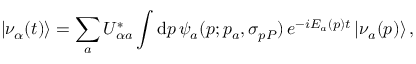
| \nu _ { \alpha } ( t ) \rangle = \sum _ { a } U _ { { \alpha } a } ^ { * } \int \mathrm { d } p \, \psi _ { a } ( p ; p _ { a } , \sigma _ { p P } ) \, e ^ { - i E _ { a } ( p ) t } \, | \nu _ { a } ( p ) \rangle \, ,